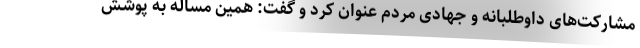
مشارکت‌های داوطلبانه و جهادی مردم عنوان کرد و گفت: همین مساله به پوشش